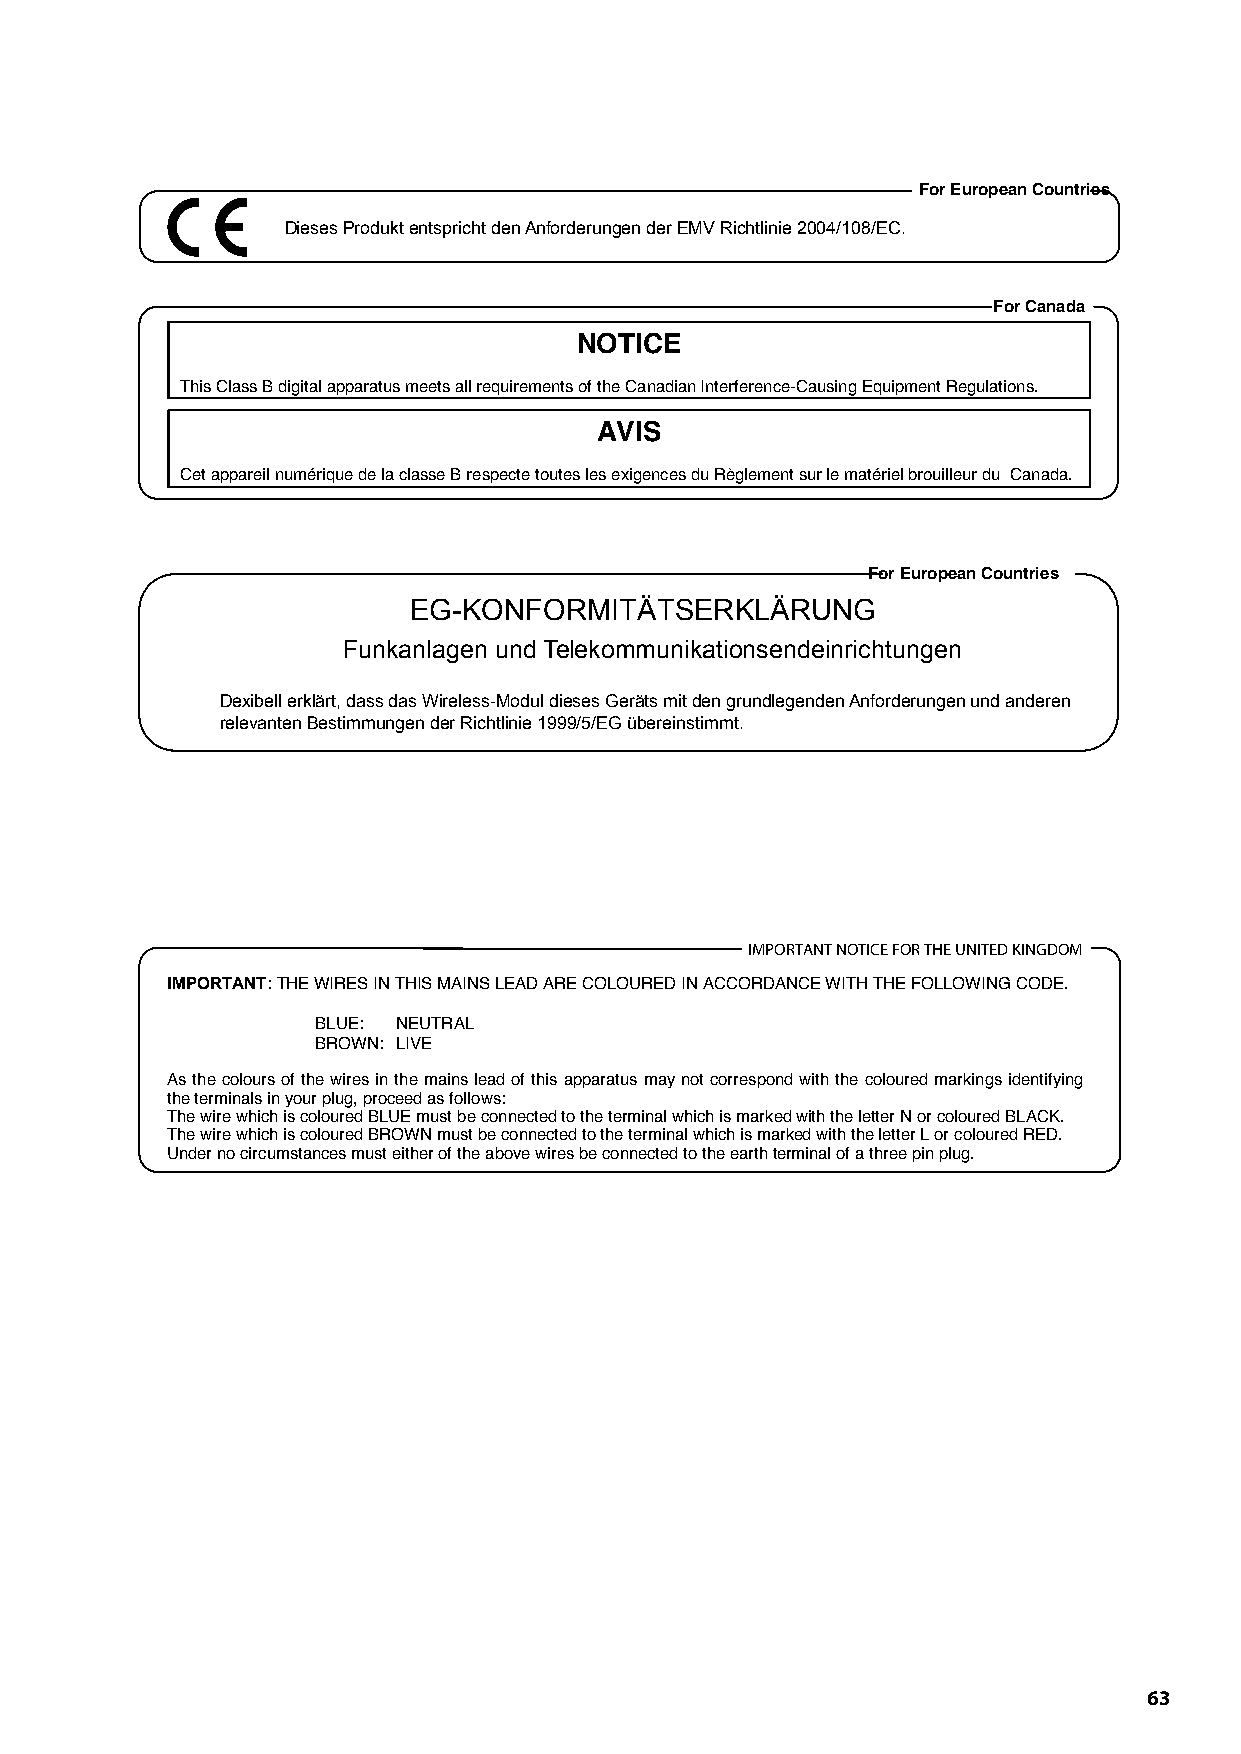
For European Countries
 Dieses Produkt entspricht den Anforderungen der EMV Richtlinie 2004/108/EC.
 For Canada
 NOTICE
 This Class B digital apparatus meets all requirements of the Canadian Interference-Causing Equipment Regulations.
 AVIS
 Cet appareil numérique de la classe B respecte toutes les exigences du Règlement sur le matériel brouilleur du Canada.
 For European Countries
 EG-KONFORMITÄTSERKLÄRUNG
 Funkanlagen und Telekommunikationsendeinrichtungen
 Dexibell erklärt, dass das Wireless-Modul dieses Geräts mit den grundlegenden Anforderungen und anderen
 relevanten Bestimmungen der Richtlinie 1999/5/EG übereinstimmt.
 IMPORTANT NOTICE FOR THE UNITED KINGDOM
 IMPORTANT:THE WIRES IN THIS MAINS LEAD ARE COLOURED IN ACCORDANCE WITH THE FOLLOWING CODE.
 BLUE: NEUTRAL
 BROWN: LIVE
 As the colours of the wires in the mains lead of this apparatus may not correspond with the coloured markings identifying
 the terminals in your plug, proceed as follows:
 The wire which is coloured BLUE must be connected to the terminal which is marked with the letter N or coloured BLACK.
 The wire which is coloured BROWN must be connected to the terminal which is marked with the letter L or coloured RED.
 Under no circumstances must either of the above wires be connected to the earth terminal of a three pin plug.
 63